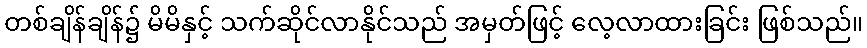
တစ်ချိန်ချိန်၌ မိမိနှင့် သက်ဆိုင်လာနိုင်သည် အမှတ်ဖြင့် လေ့လာထားခြင်း ဖြစ်သည်။